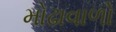
મોઢાવાળો